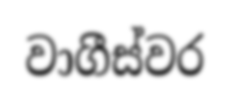
වාගීස්වර